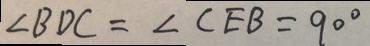
\angle B D C = \angle C E B = 9 0 ^ { \circ }